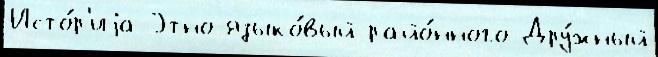
Исто́р'иjа Этно-языко́вый райо́нного Дру́жный